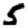
Digit: 5